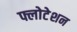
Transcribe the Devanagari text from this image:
फ्लोटेशन